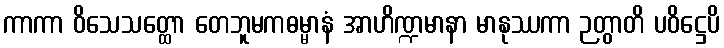
ကာကာ ဝိသေသတ္ထော တေဘူမကဓမ္မာနံ အာဟိဏ္ဍမာနာ မာနုဿကာ ဉတွာတိ ပဝိဋ္ဌေပိ